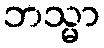
ဘသ္မာ